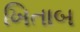
ખિતાબ